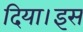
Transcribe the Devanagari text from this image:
दिया।इस